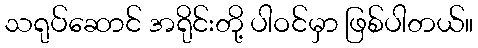
သရုပ်ဆောင် အရိုင်းတို့ ပါဝင်မှာ ဖြစ်ပါတယ်။